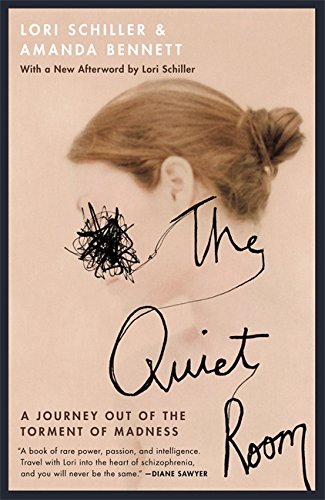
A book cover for The Quiet Room: A Journey Out of the Torment of Madness; Lori Schiller; Health, Fitness & Dieting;